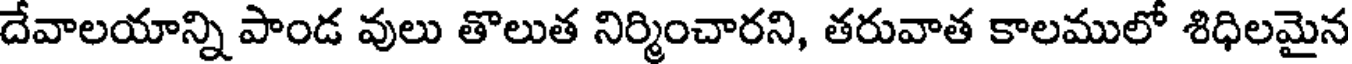
దేవాలయాన్ని పాండ వులు తొలుత నిర్మించారని, తరువాత కాలములో శిధిలమైన